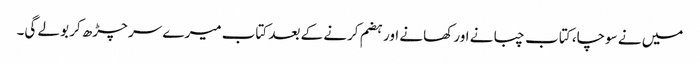
میں نے سوچا، کتاب چبانے اور کھانے اور ہضم کرنے کے بعد کتاب میرے سر چڑھ کر بولے گی۔